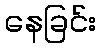
နေခြင်း